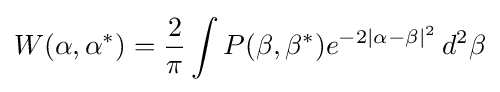
W(\alpha ,\alpha ^{*})={\frac {2}{\pi }}\int P(\beta ,\beta ^{*})e^{-2|\alpha -\beta |^{2}}\,d^{2}\beta